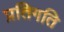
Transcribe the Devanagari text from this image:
प्रतिगति